Madras plague regulations and rules - Volume 2
Disease focus: Plague
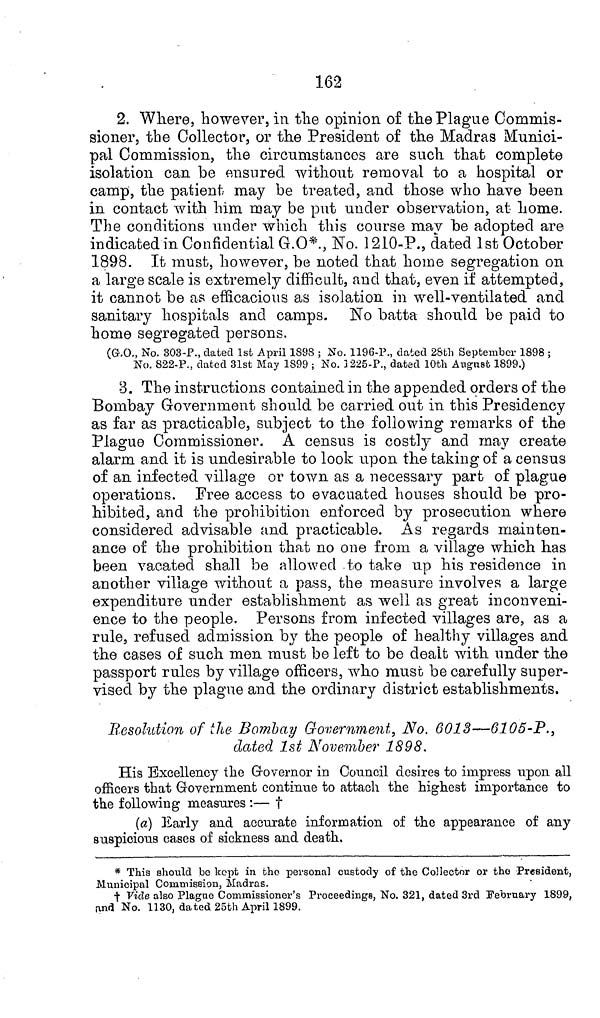
162
2. Where, however, in the opinion of the Plague Commis-
sioner, the Collector, or the President of the Madras Munici-
pal Commission, the circumstances are such that complete
isolation can be ensured without removal to a hospital or
camp, the patient may be treated, and those who have been
in contact with him may be put under observation, at home.
The conditions under which this course may be adopted are
indicated in Confidential G.O*., No. 1210-P., dated 1st October
1898. It must, however, be noted that home segregation on
a large scale is extremely difficult, and that, even if attempted,
it cannot be as efficacious as isolation in well-ventilated and
sanitary hospitals and camps. No batta should be paid to
home segregated persons.
(G.O., No. 303-P., dated 1st April 1898 ; No. 1196-P., dated 28th September 1898 ;
No. 822-P., dated 31st May 1899 ; No. 1225-P., dated 10th August 1899.)
3. The instructions contained in the appended orders of the
Bombay Government should be carried out in this Presidency
as far as practicable, subject to the following remarks of the
Plague Commissioner. A census is costly and may create
alarm and it is undesirable to look upon the taking of a census
of an infected village or town as a necessary part of plague
operations. Free access to evacuated houses should be pro-
hibited, and the prohibition enforced by prosecution where
considered advisable and practicable. As regards mainten-
ance of the prohibition that no one from a village which has
been vacated shall be allowed to take up his residence in
another village without a pass, the measure involves a large
expenditure under establishment as well as great inconveni-
ence to the people. Persons from infected villages are, as a
rule, refused admission by the people of healthy villages and
the cases of such men must be left to be dealt with under the
passport rules by village officers, who must be carefully super-
vised by the plague and the ordinary district establishments.
Resolution of the Bombay Government, No. 6013—6105-P.,
dated 1st November 1898.
His Excellency the Governor in Council desires to impress upon all
officers that Government continue to attach the highest importance to
the following measures :— †
(a) Early and accurate information of the appearance of any
suspicious cases of sickness and death,
* This should be kept in the personal custody of the Collector or the President,
Municipal Commission, Madras.
† Vide also Plague Commissioner's Proceedings, No. 321, dated 3rd February 1899,
and No. 1130, dated 25th April 1899.